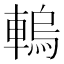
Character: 䡧